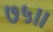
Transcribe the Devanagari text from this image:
७५।।